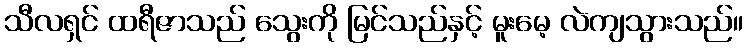
သီလရှင် ထရီဇာသည် သွေးကို မြင်သည်နှင့် မူးမေ့ လဲကျသွားသည်။